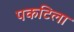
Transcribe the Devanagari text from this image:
पकटिला